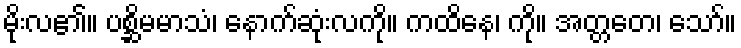
မိုးလ၏။ ပစ္ဆိမမာသံ၊ နောက်ဆုံးလကို။ ကထိနေ၊ ကို။ အတ္တတေ၊ သော်။